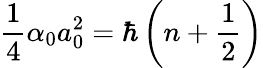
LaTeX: \frac{1}{4}\alpha_{0}a_{0}^{2}=\hbar\left(n+\frac{1}{2}\right)